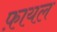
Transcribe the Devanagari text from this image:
फ़ायल